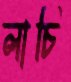
লাচি